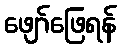
ဖျော်ဖြေရန်